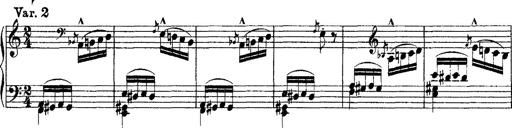
Title: Grandes Ã©tudes de Paganini
Composer: Franz Liszt